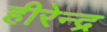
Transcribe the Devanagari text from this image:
हीरेन्द्र